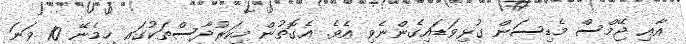
އާއި ޖޭމްސް މެޑިސަން ގުޅިވަޑައިގެންނެވި އެވެ. އެގޮތުން މިކަރުދާސްތަކުގައި ހިމެނޭ 10 ވަނަ